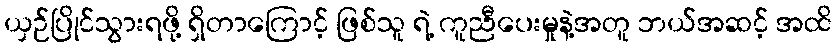
ယှဉ်ပြိုင်သွားရဖို့ ရှိတာကြောင့် ဖြစ်သူ ရဲ့ ကူညီပေးမှုနဲ့အတူ ဘယ်အဆင့် အထိ